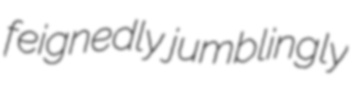
feignedly jumblingly